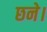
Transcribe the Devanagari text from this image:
छने।